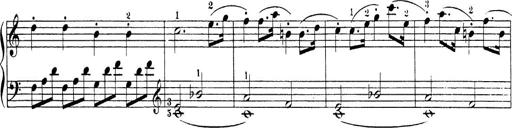
Title: Sonatina Album
Composer: Louis KÃ¶hler